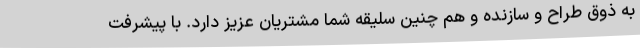
به ذوق طراح و سازنده و هم چنین سلیقه شما مشتریان عزیز دارد. با پیشرفت